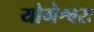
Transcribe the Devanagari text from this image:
योगेश्वरः